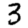
Digit: 3